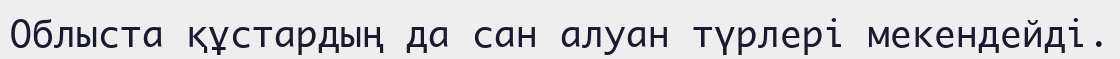
Облыста құстардың да сан алуан түрлері мекендейді.